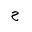
Letter: _ha